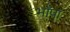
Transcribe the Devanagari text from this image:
भाँपा